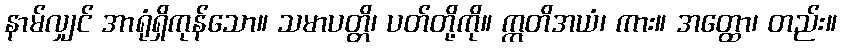
နာမ်လျှင် အာရုံရှိကုန်သော။ သမာပတ္တိ၊ ပတ်တို့ကို။ ဣတိအယံ၊ ကား။ အတ္ထော၊ တည်း။